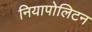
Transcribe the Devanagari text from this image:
नियापोलिटन